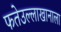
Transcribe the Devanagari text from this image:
फतेउल्लाखानाला